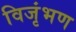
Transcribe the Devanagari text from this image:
विजृंभण